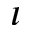
\iota